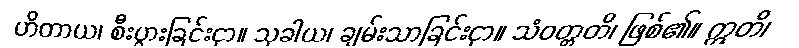
ဟိတာယ၊ စီးပွားခြင်းငှာ။ သုခါယ၊ ချမ်းသာခြင်းငှာ။ သံဝတ္တတိ၊ ဖြစ်၏။ ဣတိ၊